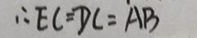
\therefore E C = D C = A B